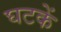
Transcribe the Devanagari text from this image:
घटकें